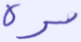
مرة